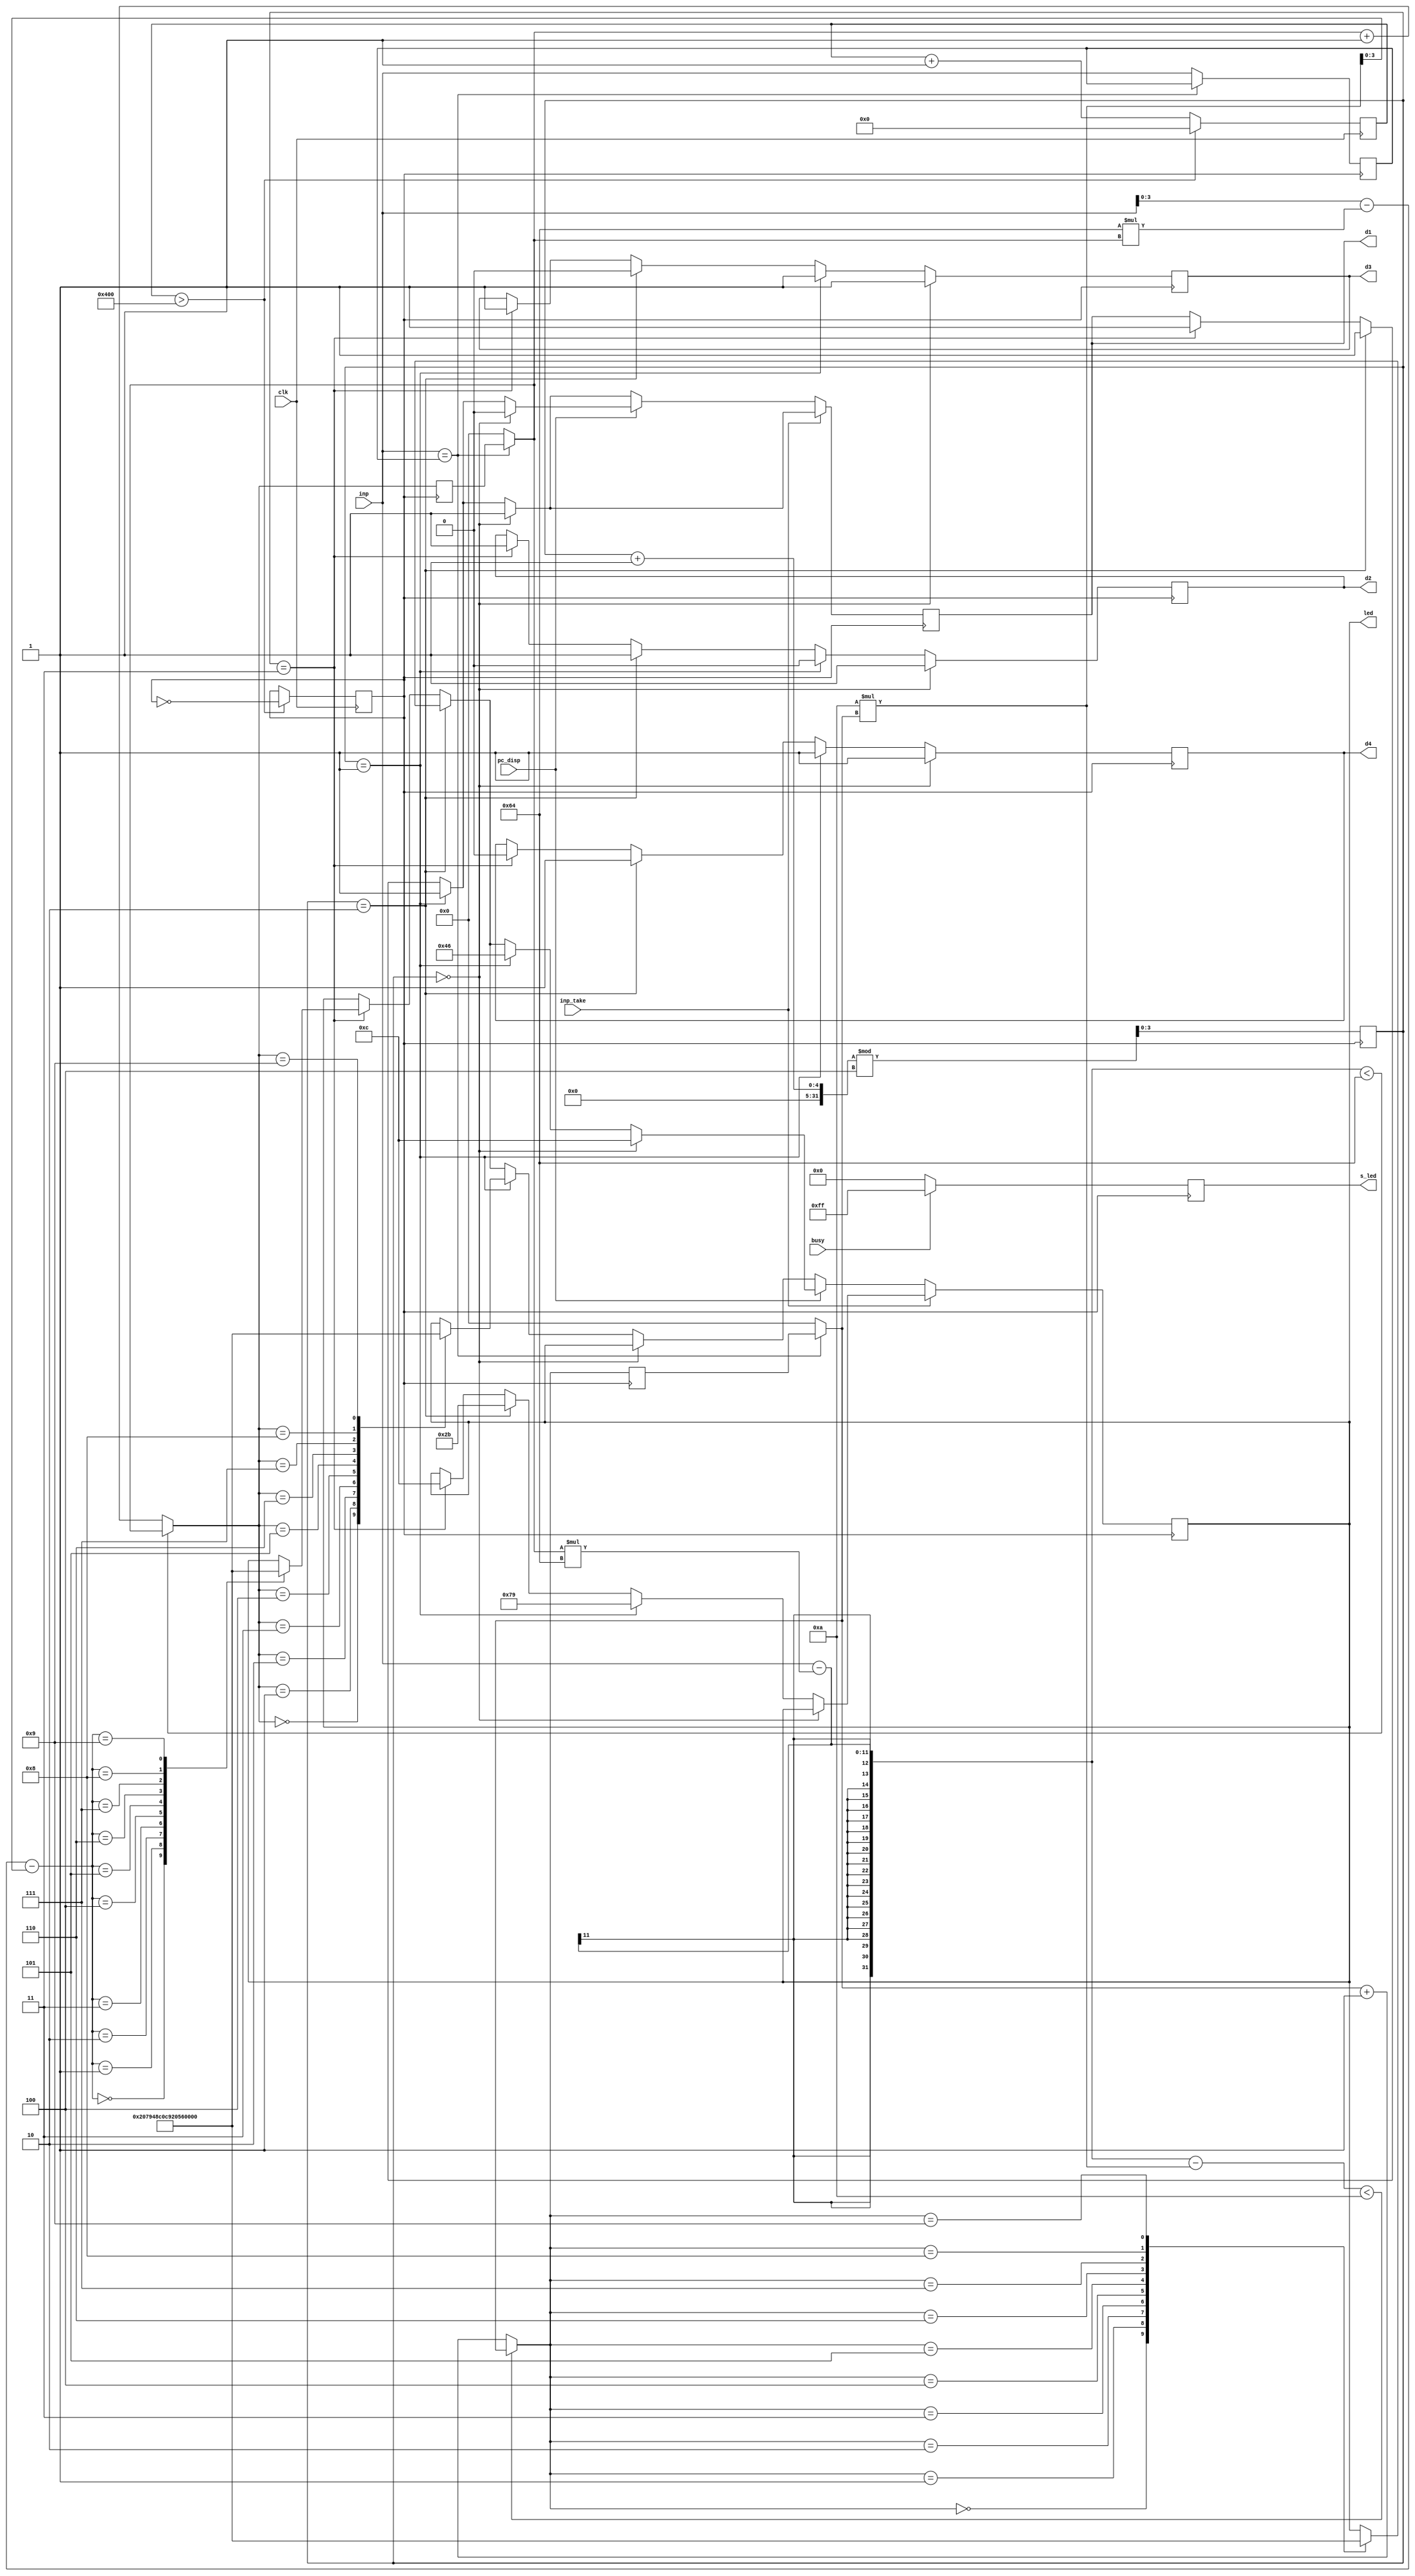
module display (input [7:0] inp,
		input clk,
		input busy, pc_disp, inp_take,
		output reg [6:0] led,
		output reg [7:0] s_led,
		output reg d1, d2, d3, d4);

reg clk2;
reg [15:0] counter;					//To help synthesis clk2
reg [3:0] count, i, j, k, digit2, digit3, digit4;	//To help display in seven segment
reg [7:0] c1, c2;

always @(posedge clk)					//Frequency divider
begin
	if (counter>16'd1024)	begin
		counter <= 0;
		clk2 <= ~clk2;
	end
	else	begin
		counter <= counter+1;
	end
end


always @(posedge clk2)					//Displaying in the seven segment
	begin

		i = digit2;
		j = digit3;
		k = digit4;
		c1 = inp;
		if(!(c1==c2)) begin
			c2 = c1;
			i = 0; j = 0; k = 0;
			digit2 = 0; digit4 = 0; digit3 = 0;
		end

		if (!((inp - i*100) < 100)) begin
			digit2 = digit2 + 1;
		end
		if(!((inp - i*100- 10*j) < 10)) begin
			digit3 = digit3 + 1;
		end
			digit4 = inp - 100*i - 10*j;
		

		if (busy==1)	begin
			s_led <= 8'b11111111;
		end
		else	begin
			s_led <= 8'b00000000;
		end

		if (inp_take == 1)	begin					//Display Inp
				if (count==0)	begin				
					d1 <= 1; d2 <= 1; d3 <= 1; d4 <= 1;
				end
				else if (count==1)   begin			
					led <= 7'b1111001;
					d1 <= 1; d2 <= 0; d3 <= 1; d4 <= 1;
				end
				else if (count==2)   begin
					led <= 7'b0101011;
			 		d1 <= 1; d2 <= 1; d3 <= 0; d4 <= 1;
			 	end
				else if (count==3)   begin
					led <= 7'b0001100;
			 		d1 <= 1; d2 <= 1; d3 <= 1; d4 <= 0;
			 	end
		end
		else	begin
			if (pc_disp==1)		begin
				if (count==0)	begin				//Displays P
					led <= 7'b0001100;
					d1 <= 0; d2 <= 1; d3 <= 1; d4 <= 1;
				end
				else if (count==1)   begin			//Displays C
					led <= 7'b1000110;
					d1 <= 1; d2 <= 0; d3 <= 1; d4 <= 1;
				end
				else if (count==2)   begin
					case (digit3)
						4'd0 : led <= 7'b1000000;
						4'd1 : led <= 7'b1111001;
						4'd2 : led <= 7'b0100100;
						4'd3 : led <= 7'b0110000;
						4'd4 : led <= 7'b0011001;
						4'd5 : led <= 7'b0010010;
						4'd6 : led <= 7'b0000010;
						4'd7 : led <= 7'b1011000;
						4'd8 : led <= 7'b0000000;
						4'd9 : led <= 7'b0010000;
					endcase
			 		d1 <= 1; d2 <= 1; d3 <= 0; d4 <= 1;
			 	end
				else if (count==3)   begin
					case (digit4)
						4'd0 : led <= 7'b1000000;
						4'd1 : led <= 7'b1111001;
						4'd2 : led <= 7'b0100100;
						4'd3 : led <= 7'b0110000;
						4'd4 : led <= 7'b0011001;
						4'd5 : led <= 7'b0010010;
						4'd6 : led <= 7'b0000010;
						4'd7 : led <= 7'b1011000;
						4'd8 : led <= 7'b0000000;
						4'd9 : led <= 7'b0010000;
					endcase
			 		d1 <= 1; d2 <= 1; d3 <= 1; d4 <= 0;
			 	end
			end
			else	begin
				if (count==0)	begin
					d1 <= 1; d2 <= 1; d3 <= 1; d4 <= 1;
				end
				else if (count==1)   begin
					case (digit2)
						4'd0 : led <= 7'b1000000;
						4'd1 : led <= 7'b1111001;
						4'd2 : led <= 7'b0100100;
						4'd3 : led <= 7'b0110000;
						4'd4 : led <= 7'b0011001;
						4'd5 : led <= 7'b0010010;
						4'd6 : led <= 7'b0000010;
						4'd7 : led <= 7'b1011000;
						4'd8 : led <= 7'b0000000;
						4'd9 : led <= 7'b0010000;
					endcase
					d1 <= 1; d2 <= 0; d3 <= 1; d4 <= 1;
				end
				else if (count==2)   begin
					case (digit3)
						4'd0 : led <= 7'b1000000;
						4'd1 : led <= 7'b1111001;
						4'd2 : led <= 7'b0100100;
						4'd3 : led <= 7'b0110000;
						4'd4 : led <= 7'b0011001;
						4'd5 : led <= 7'b0010010;
						4'd6 : led <= 7'b0000010;
						4'd7 : led <= 7'b1011000;
						4'd8 : led <= 7'b0000000;
						4'd9 : led <= 7'b0010000;
					endcase
			 		d1 <= 1; d2 <= 1; d3 <= 0; d4 <= 1;
			 	end
				else if (count==3)   begin
					case (digit4)
						4'd0 : led <= 7'b1000000;
						4'd1 : led <= 7'b1111001;
						4'd2 : led <= 7'b0100100;
						4'd3 : led <= 7'b0110000;
						4'd4 : led <= 7'b0011001;
						4'd5 : led <= 7'b0010010;
						4'd6 : led <= 7'b0000010;
						4'd7 : led <= 7'b1011000;
						4'd8 : led <= 7'b0000000;
						4'd9 : led <= 7'b0010000;
					endcase
			 		d1 <= 1; d2 <= 1; d3 <= 1; d4 <= 0;
			 	end
			end
		end
	count = (count+1)%4;

end
endmodule